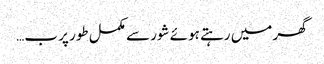
گھر میں رہتے ہوئے شور سے مکمل طور پر ب…